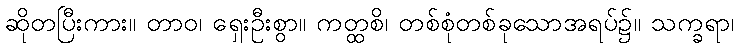
ဆိုတပြီးကား။ တာဝ၊ ရှေးဦးစွာ။ ကတ္ထစိ၊ တစ်စုံတစ်ခုသောအရပ်၌။ သက္ခရာ၊